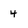
Character: 4